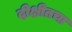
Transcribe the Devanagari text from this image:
दीक्षीतचा